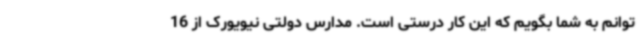
توانم به شما بگویم که این کار درستی است. مدارس دولتی نیویورک از 16